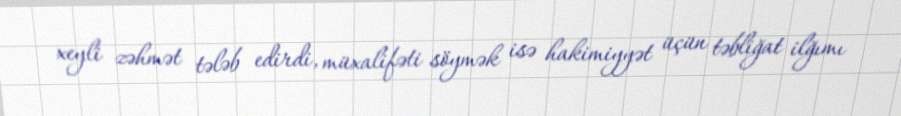
xeyli zəhmət tələb edirdi, müxalifəti söymək isə hakimiyyət üçün təbliğat ilğımı